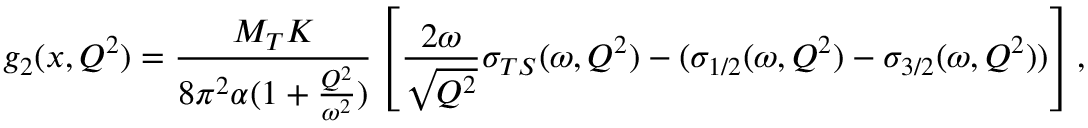
g _ { 2 } ( x , Q ^ { 2 } ) = \frac { M _ { T } K } { 8 \pi ^ { 2 } \alpha ( 1 + \frac { Q ^ { 2 } } { \omega ^ { 2 } } ) } \left[ \frac { 2 \omega } { \sqrt { Q ^ { 2 } } } \sigma _ { T S } ( \omega , Q ^ { 2 } ) - ( \sigma _ { 1 / 2 } ( \omega , Q ^ { 2 } ) - \sigma _ { 3 / 2 } ( \omega , Q ^ { 2 } ) ) \right] ,